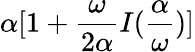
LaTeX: \alpha[1+{\frac{\omega}{2\alpha}}I({\frac{\alpha}{\omega}})]